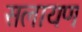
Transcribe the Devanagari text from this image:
सलायण